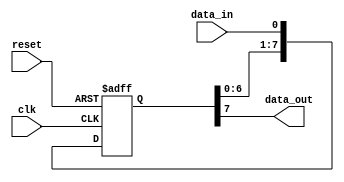
module siso_shift_register(
    input wire clk,            // Clock input
    input wire reset,          // Reset input
    input wire data_in,        // Data input
    output reg data_out        // Data output
);

reg [7:0] shift_reg;          // 8-bit shift register

always @(posedge clk or posedge reset) begin
    if (reset) begin
        shift_reg <= 8'h00;   // Reset the shift register
    end else begin
        // Shift data through the register
        shift_reg <= {shift_reg[6:0], data_in};
    end
end

assign data_out = shift_reg[7]; // Output the shifted data

endmodule